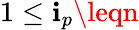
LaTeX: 1\leq\mathbf{i}_{p}\leqn